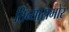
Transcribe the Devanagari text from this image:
तिच्यासमोर